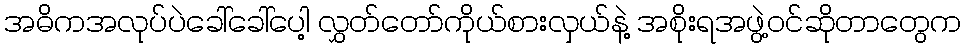
အဓိကအလုပ်ပဲခေါ်ခေါ်ပေါ့ လွှတ်တော်ကိုယ်စားလှယ်နဲ့ အစိုးရအဖွဲ့ဝင်ဆိုတာတွေက